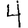
Digit: 4